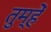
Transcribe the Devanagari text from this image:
तुम्हेें